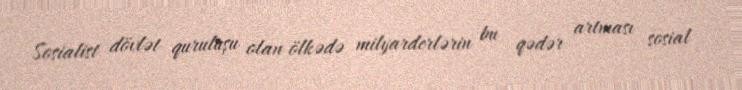
Sosialist dövlət quruluşu olan ölkədə milyarderlərin bu qədər artması sosial